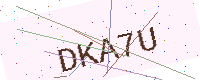
Text: DKA7U